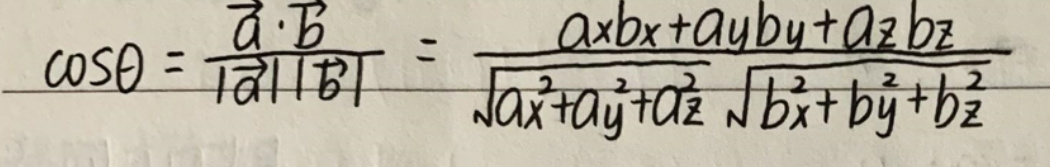
\[
\cos\theta = \frac{\vec{a} \cdot \vec{b}}{|\vec{a}||\vec{b}|} = \frac{a_xb_x + a_yb_y + a_zb_z}{\sqrt{a_x^2 + a_y^2 + a_z^2}\sqrt{b_x^2 + b_y^2 + b_z^2}}
\]